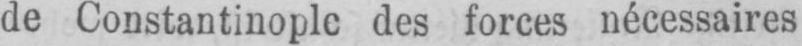
de Constantinople des forces nécessaires